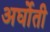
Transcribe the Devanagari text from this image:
अर्घोती